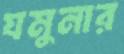
যমুনার